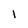
Character: l